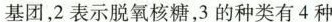
基团，2表示脱氧核糖，3的种类有4种